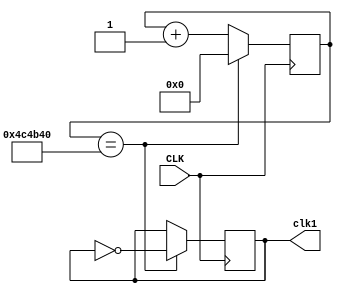
`timescale 1ns / 1ps
//////////////////////////////////////////////////////////////////////////////////
// Company: 
// Engineer: 
// 
// Design Name: 
// Module Name: clk_10
// Project Name: 
// Target Devices: 
// Tool Versions: 
// Description: 
// 
// Dependencies: 
// 
// Revision:
// Revision 0.01 - File Created
// Additional Comments:
// 
//////////////////////////////////////////////////////////////////////////////////


module clk_10(
   input CLK,
 output reg clk1
 );
 
 reg [22:0] counter;
 
 initial begin
     counter = 0;
 end
 
 always @ (posedge CLK) begin
     counter <= (counter == 5000000 ? 0 : counter + 1);
     clk1 <= (counter == 5000000 ? ~clk1 : clk1);
 end
 endmodule